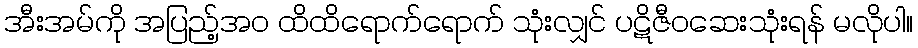
အီးအမ်ကို အပြည့်အဝ ထိထိရောက်ရောက် သုံးလျှင် ပဋိဇီဝဆေးသုံးရန် မလိုပါ။